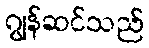
ဂျွန်ဆင်သည်